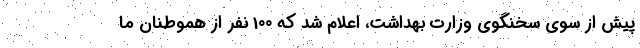
پیش از سوی سخنگوی وزارت بهداشت، اعلام شد که 100 نفر از هموطنان ما